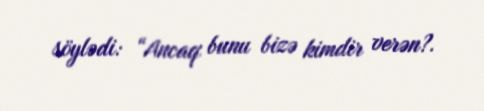
söylədi: “Ancaq bunu bizə kimdir verən?.